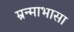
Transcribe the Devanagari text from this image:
म्रन्माभासा